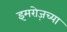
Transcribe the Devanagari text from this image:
इमरोज़च्या